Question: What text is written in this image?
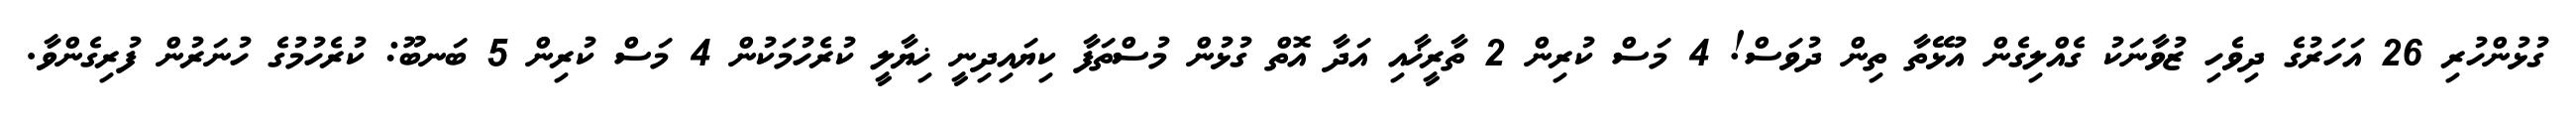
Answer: ގުޅުންހުރި 26 އަހަރުގެ ދިވެހި ޒުވާނަކު ގެއްލިގެން އުޅޭތާ ތިން ދުވަސް! 4 މަސް ކުރިން 2 ތާރީޚާއި އަދާ އޮތް ގުޅުން މުސްތަފާ ކިޔައިދިނީ ޚިޔާލީ ކުރެހުމަކުން 4 މަސް ކުރިން 5 ބަނބޫ: ކުރެހުމުގެ ހުނަރުން ފުރިގެންވާ.